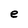
Character: e